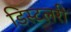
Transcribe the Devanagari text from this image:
डिस्टलरी